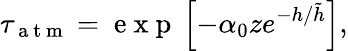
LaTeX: \tau_{\mathrm{~a~t~m~}}=\mathrm{~e~x~p~}\left[-\alpha_{0}ze^{-h/\tilde{h}}\right],